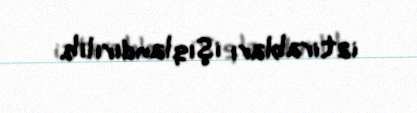
iztirabları işıqlandırılıb.